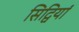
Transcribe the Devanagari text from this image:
सिद्वियां